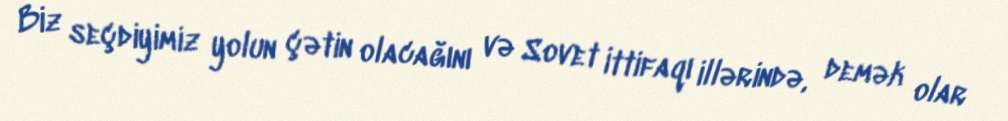
Biz seçdiyimiz yolun çətin olacağını və Sovet İttifaqı illərində, demək olar